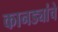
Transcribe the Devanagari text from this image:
कानड्यांचे